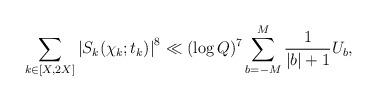
LaTeX: \begin{align*}\sum_{k \in [X,2X]} \left|S_k(\chi_k;t_k) \right|^{8} \ll(\log Q)^{7} \sum_{b=-M}^{M} \frac{1}{|b|+1} U_b, \end{align*}